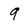
Character: 9